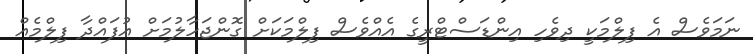
ނަމަވެސް އެ ފިލްމަކީ ދިވެހި އިންޑަސްޓްރީގެ އެއްވެސް ފިލްމަކަށް ގޮންޖަހާލުމަށް އުފައްދާ ފިލްމެއް